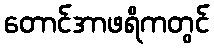
တောင်အာဖရိကတွင်